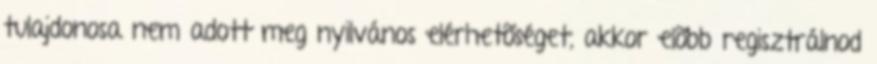
tulajdonosa nem adott meg nyilvános elérhetõséget, akkor elõbb regisztrálnod